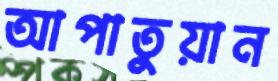
আপাতুয়ান